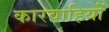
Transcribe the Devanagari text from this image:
कारवाहियों